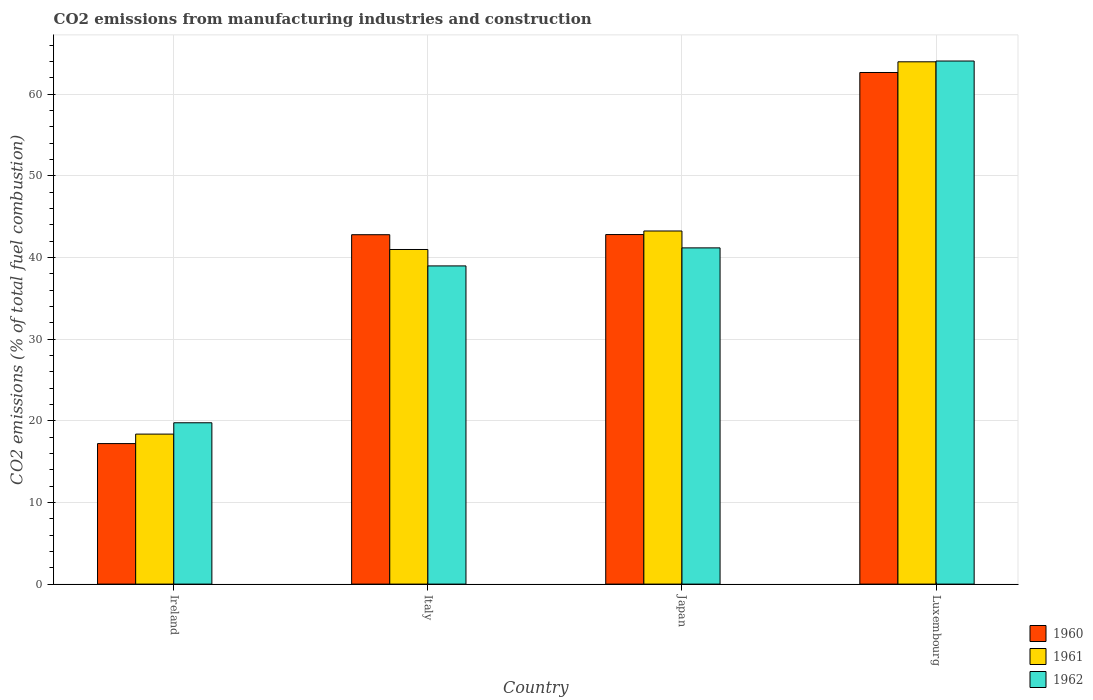
| Country | 1960 | 1961 | 1962 |
 | --- | --- | --- | --- |
 | Ireland | 17.2 | 18.4 | 19.8 |
 | Italy | 42.8 | 41 | 39 |
 | Japan | 42.8 | 43.2 | 41.2 |
 | Luxembourg | 62.6 | 64 | 64 |